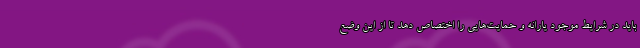
باید در شرایط موجود یارانه و حمایت‌هایی را اختصاص دهد تا از این وضع